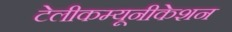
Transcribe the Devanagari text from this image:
टेलीकम्यूनीकेशन